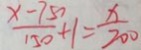
\frac { x - 7 5 0 } { 1 5 0 } + 1 = \frac { x } { 2 0 0 }